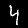
Digit: 4